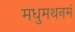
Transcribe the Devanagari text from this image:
मधुमथनमं